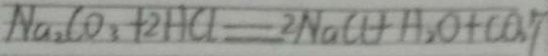
N a _ { 2 } C O _ { 3 } + 2 H C l = 2 N a C l + H _ { 2 } O + C O _ { 3 } \uparrow